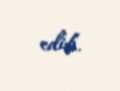
edib.